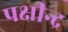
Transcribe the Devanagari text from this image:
पक्षीन्द्र